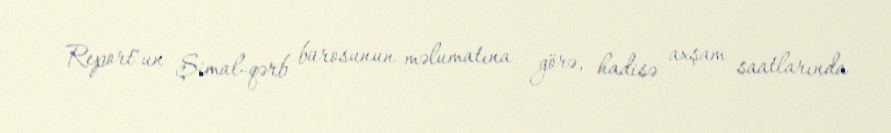
Report"un Şimal-qərb bürosunun məlumatına görə, hadisə axşam saatlarında